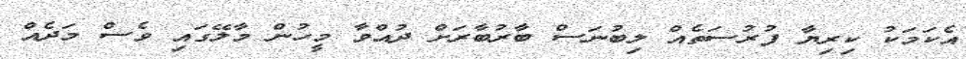
އެކަމަކު ކިރިޔާ ފުރުސަތެއް ލިބުނަސް ބާރުބާރަށް ދުއްވާ މީހުން މާލޭގައި ވެސް މަދެއް